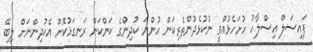
ފައިސަލް އިސްލާހު ހުށަހެޅުއްވީ ނުކުޅެދުންތެރިކަން ހުންނަ ކުދިންގެ ކަންކަން ރަނގަޅުކޮށް އެކުދިންނަށް ލިބޭ